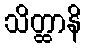
သိတ္ထာနိ